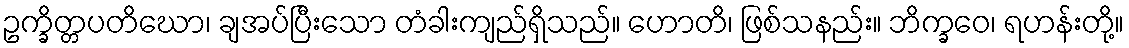
ဥက္ခိတ္တပတိဃော၊ ချအပ်ပြီးသော တံခါးကျည်ရှိသည်။ ဟောတိ၊ ဖြစ်သနည်း။ ဘိက္ခဝေ၊ ရဟန်းတို့။